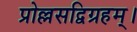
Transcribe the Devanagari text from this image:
प्रोल्लसद्विग्रहम्।